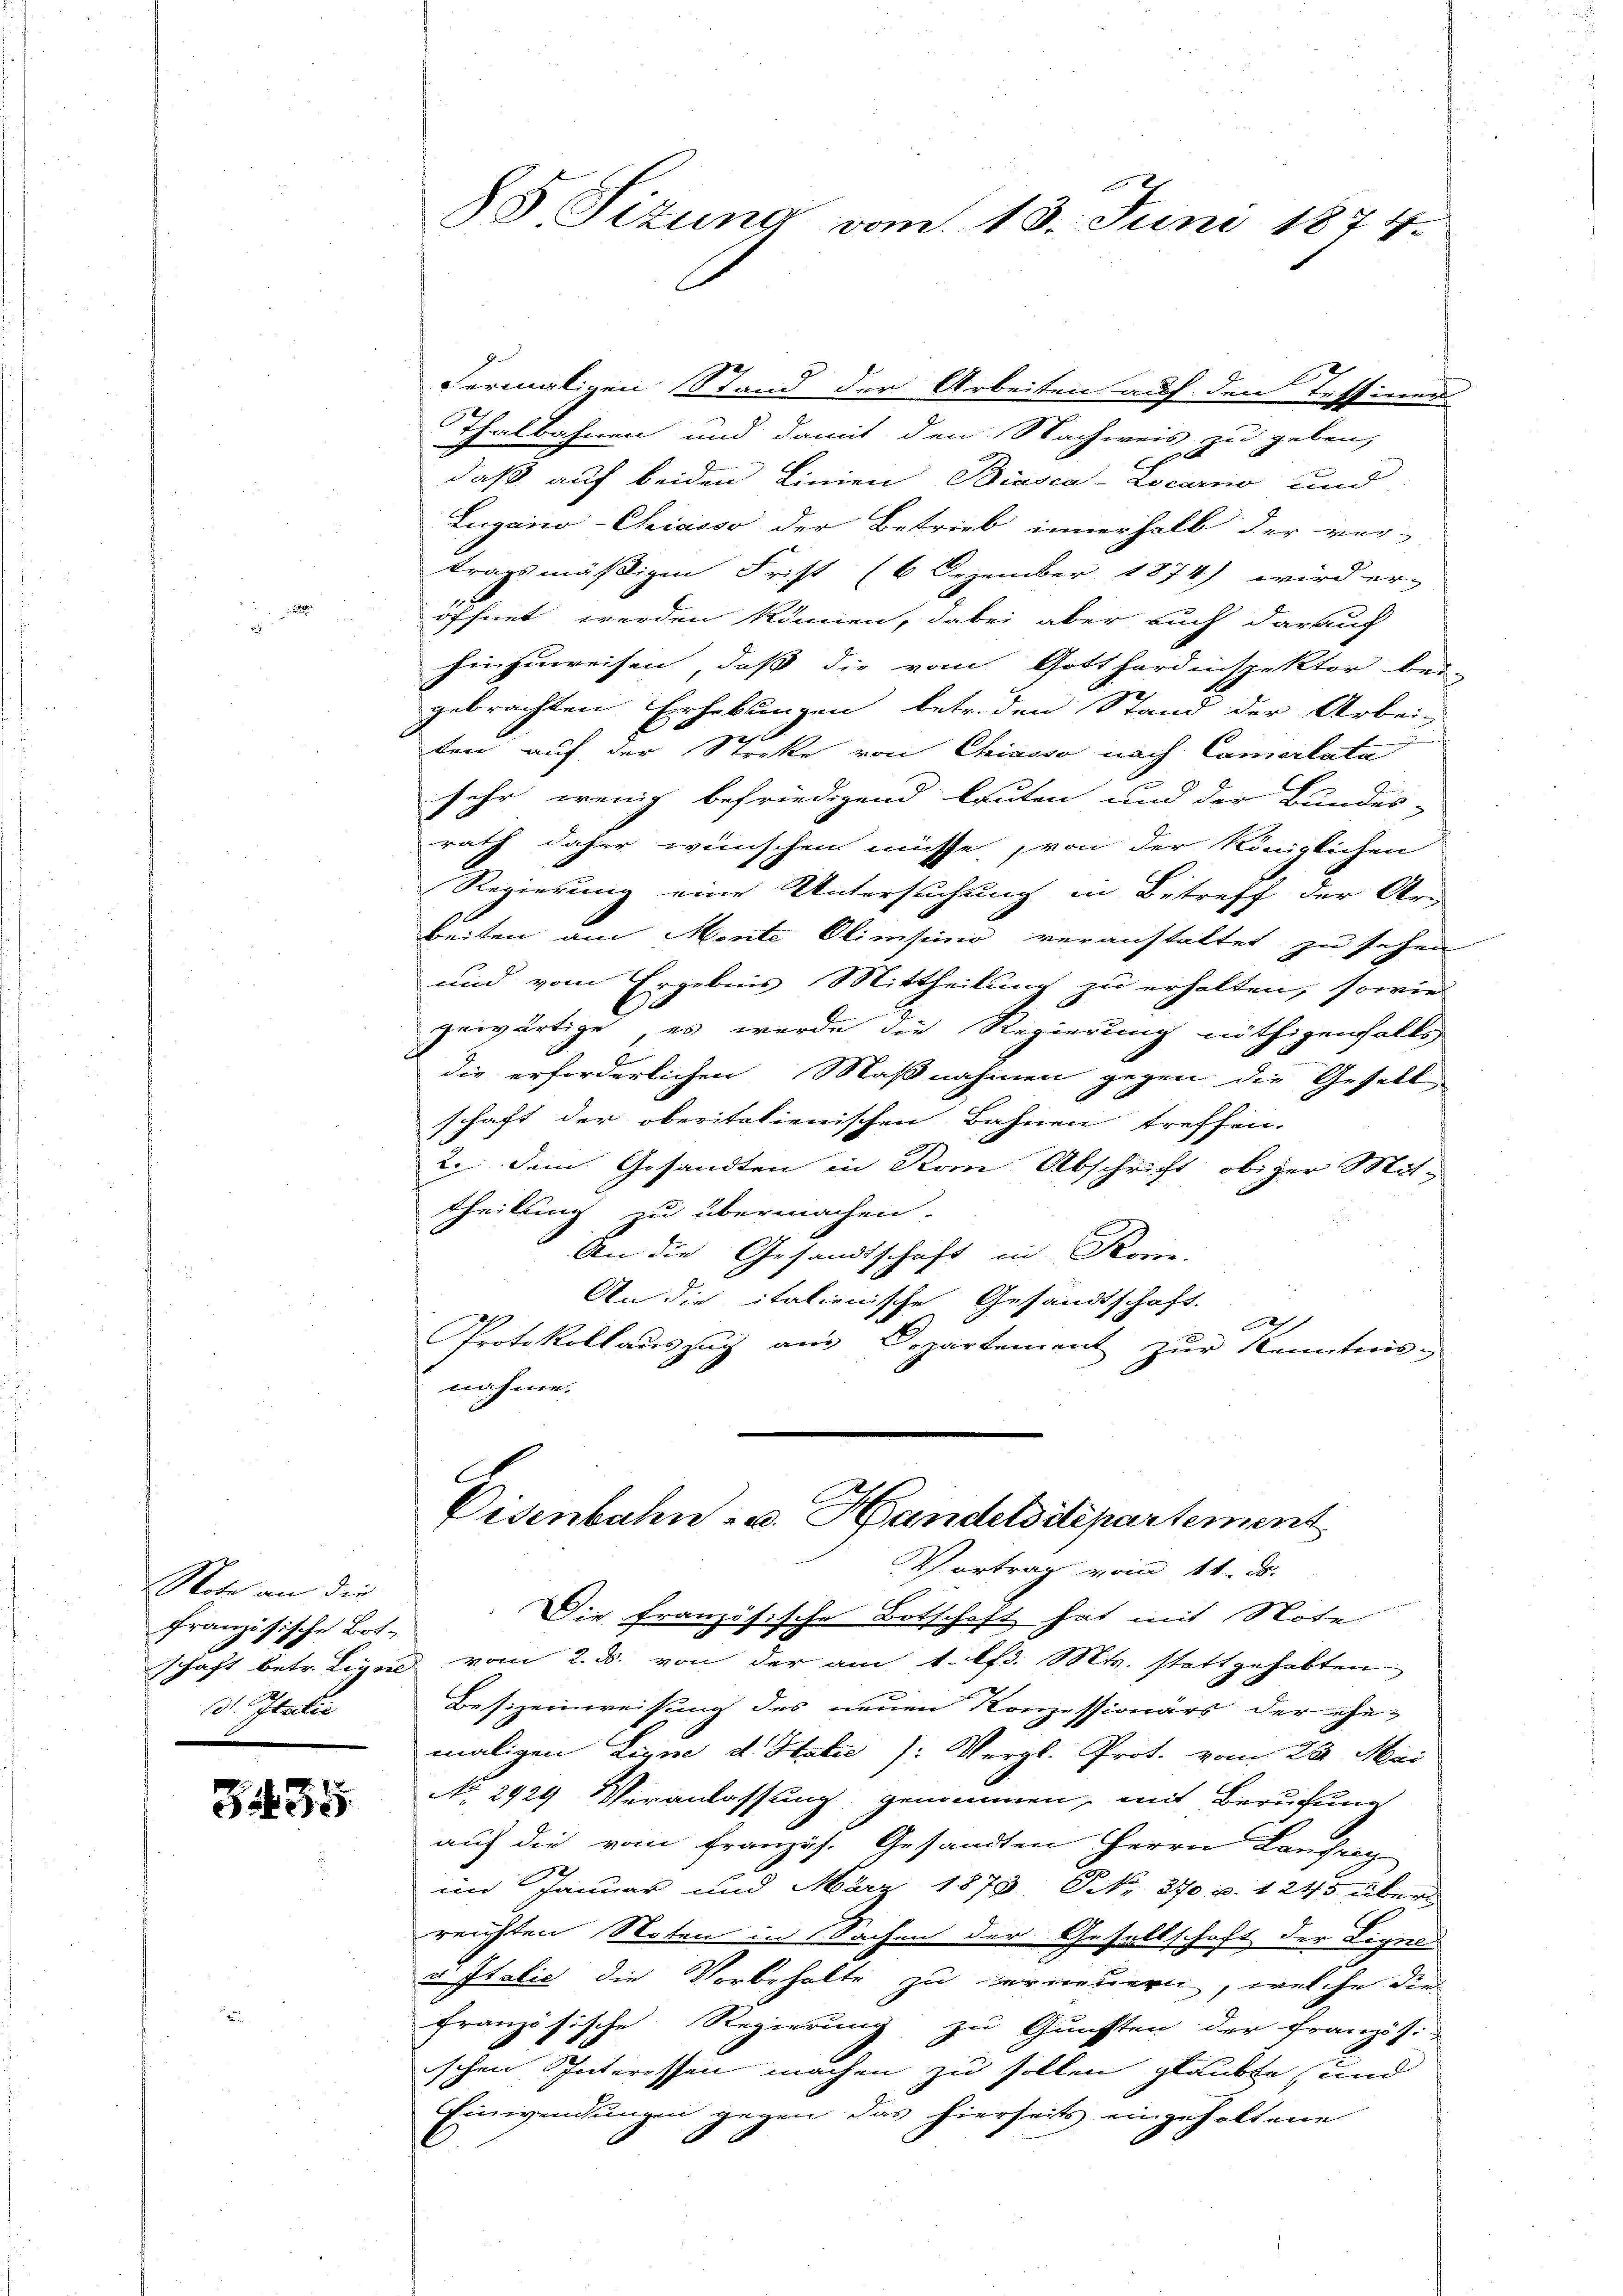
Rote an die
französische Botd Italie

3435

dermaligen Stand der Arbeiten auf den Tessiner
Thalbahnen und damit den Nachweis zu geben,
daß auf beiden Linien Biasca-Locarno und
Lugano-Chiasso der Betrieb innerhalb der ver-
tragsmäßigen Frist (6 Dezember 1874) wird er-
öffnet werden können, dabei aber auch darauf
hinzuweisen, dass die vom Gotthardinspektor bei-
gebrachten Erhebungen betr. den Stand der Arbei-
auf
ten auf der Streke von Chiasso nach Camerlata
sehr wenig befriedigend lauten und der Bundes-
rath daher wünschen müsse, von der Königlichen
Regierung eine Untersuchung in Betreff der Arz
beiten am Monte Olimsino veranstaltet zu sehen
und vom Ergebnis Mittheilung zu erholten, sowie
gewärtige, es wurde die Regierung nöthigenfalls
die erforderlichen Maßnahmen gegen die Gesell
schaft der oberitalienischen Bahnen treffen.
2. dem Gesandten in Rom Abschrift obiger Mittheilung zu übermachen.
An die Gesandtschaft in Rom.
An die italienische Gesandtschaft.
A
Protokollauszug aus Departement zŭr Kenntnis-
nahme.

85 Sizung vom 13. Juni 1874.

Disenbahn- u. Handelsité partement

Vortrag vom 11. ds.
Die französische Botschaft hat mit Note
schaft betr. Ligen vom 2. ds. von der am 1. lfd. Mts. stattgehabten
Besizeinweisung des neuen Konzessionärs der ehe-
maligen Linne d. Statie /: Vergl. Prot. vom 20. Mai
No 2929 Veranlassung genommen, mit Berufung
auf die vom französ. Gesandten Herrn Laufreg
im Januar und März 1878, NNo. 370 p. 1245 über
reichten Noten in Sachen der Gesellschaft der Ligna-
u Italić die Vorbehalte zu erneuern, welche die
französische Regierung zu Gunsten der Französi-
ischen Interessen machen zu sollen glaubte und
Einwendungen gegen das hierseits eingehaltene